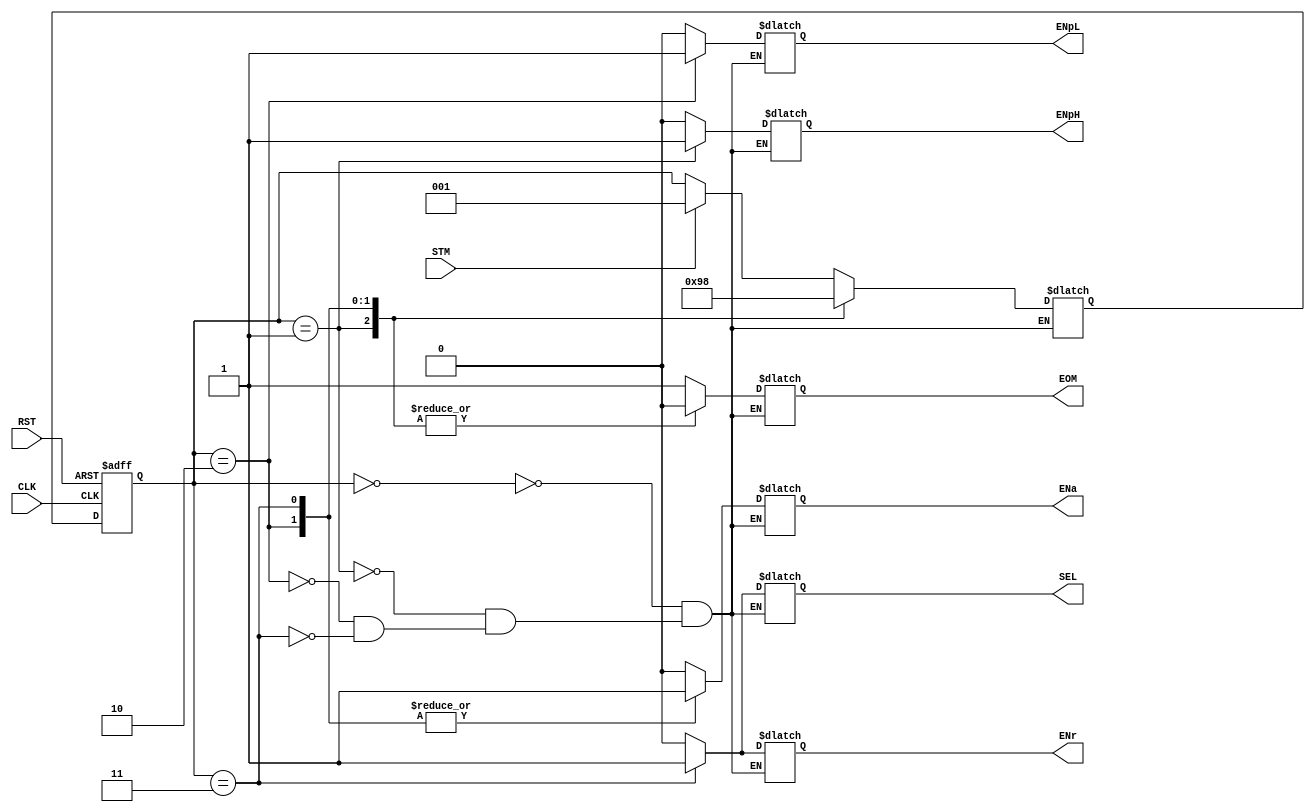
module FSM_Ctrol (
	input			RST,	
	input			CLK,	
	input			STM,	
	output reg		ENpH,	
	output reg		ENpL,	
	output reg		ENa,	
	output reg		ENr,	
	output reg		SEL,	
	output reg		EOM		
	);	
	reg[2:0]	Qp,Qn;
	always @ *
	begin : Combinacional 
		case (Qp)
			3'b000 : begin	
				if (STM)
					Qn = 3'b001;
				else
					Qn = Qp;
				ENpH = 1'b0;
				ENpL = 1'b0;
				ENa  = 1'b0;
				ENr  = 1'b0;	
				SEL  = 1'b0;
				EOM  = 1'b1;
			end
			3'b001 : begin
				Qn   = 3'b010;
				ENpH = 1'b1;
				ENpL = 1'b0;
				ENa  = 1'b0;
				ENr  = 1'b0;
				SEL  = 1'b0; 
				EOM  = 1'b0;
			end
			3'b010 : begin
				Qn   = 3'b011;
				ENpH = 1'b0;
				ENpL = 1'b1;
				ENa  = 1'b1;
				ENr  = 1'b0;	
				SEL  = 1'b0;
				EOM  = 1'b0;
			end	  
			3'b011 : begin
				Qn   = 3'b000;
				ENpH = 1'b0;
				ENpL = 1'b0;
				ENa  = 1'b1;
				ENr  = 1'b1;	
				SEL  = 1'b1; 
				EOM  = 1'b0;
			end	   
		endcase
	end
	always @ (posedge RST or posedge CLK)
	begin : Secuencial 
		if (RST)
			Qp <= 0;
		else
			Qp <= Qn;
	end
endmodule